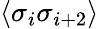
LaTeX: \langle\sigma_{i}\sigma_{i+2}\rangle